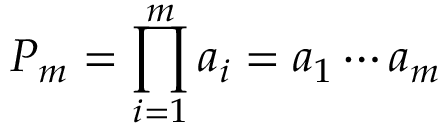
P _ { m } = \prod _ { i = 1 } ^ { m } a _ { i } = a _ { 1 } \cdots a _ { m }